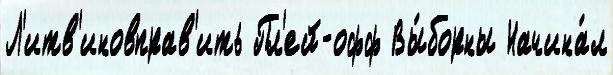
Л'итв'иновправ'ить Пл'ей-офф Вы́борны Начина́л